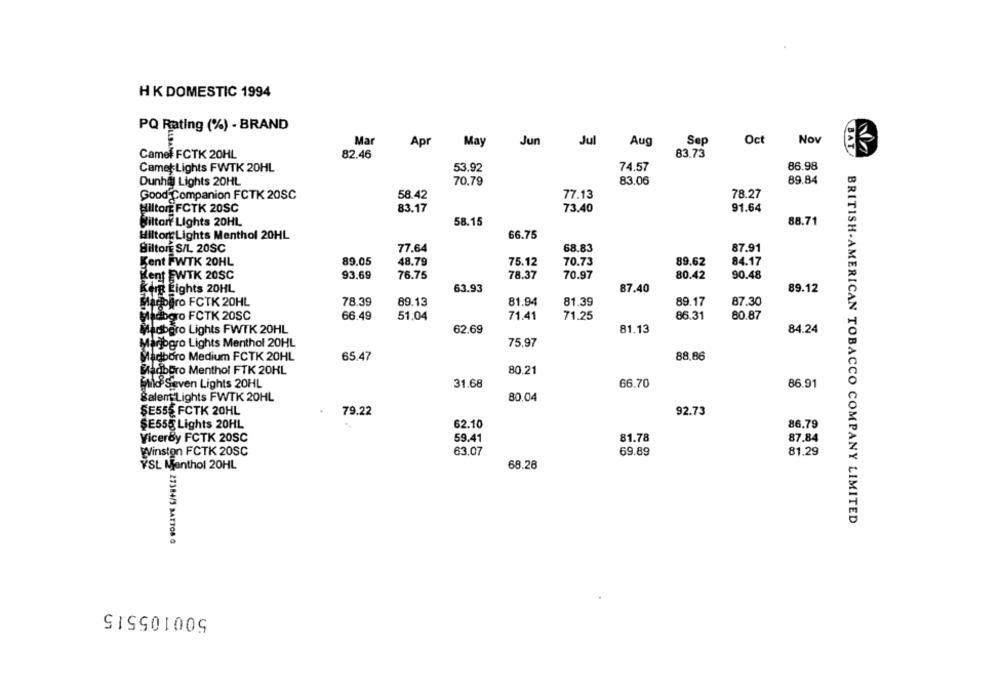
HK DOMESTIC 1994
PQ Rating (%) - BRAND
Mar
Apr
May
Jun
Jul
Aug
Sep
Oct
Nov
BAT
Camel FCTK 20HL
82.46
83.73
86.98
Camet Lights FWTK 20HL
53.92
74.57
89.84
Dunha Lights 20HL
70,79
83.06
58.42
77.13
78.27
Good Companion FCTK 20SC
83.17
73.40
91.64
Hilton FCTK 20SC
Hilton Lights 20HL
58.15
88.71
Hiltort Lights Menthol 20HL
66.75
HiltonE S/L 20SC
77.64
68.83
87.91
Kent FWTK 20HL
89.05
48.79
75.12
70.73
89.62
84.17
Rent EWTK 20SC
93,69
76.75
78.37
70.97
80.42
90.48
Kirk Eights 20HL
63.93
87.40
89.12
Marlogro FCTK 20HL
78.39
89.13
81.94
81.39
89.17
87.30
ladbgro FCTK 20SC
66.49
51.04
71.41
71.25
86.31
80.87
Madboro Lights FWTK 20HL
62.69
81.13
84.24
ladjogro Lights Menthol 20HL
75.97
Madboro Medium FCTK 20HL
65.47
88,86
Madboro Menthol FTK 20HL
80.21
Mild Seven Lights 20HL
31.68
66.70
86.91
Salem-Lights FWTK 20HL
80.04
SE555 FCTK 20HL
79.22
92.73
$E555 Lights 20HL
62.10
86.79
VicerBy FCTK 20SC
59.41
81.78
87.84
Winston FCTK 20SC
63.07
69.89
81.29
YSL Menthol 20HL
68.28
BRITISH.AMERICAN TOBACCO COMPANY LIMITED
27384/5 BARTOS G
500105515